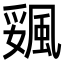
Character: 𩗔